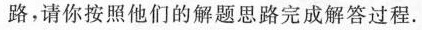
路，请你按照他们的解题思路完成解答过程。